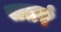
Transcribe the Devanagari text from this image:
सतरं